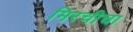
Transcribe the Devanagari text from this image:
मिरचीचा